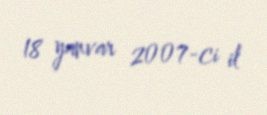
18 yanvar 2007-ci il